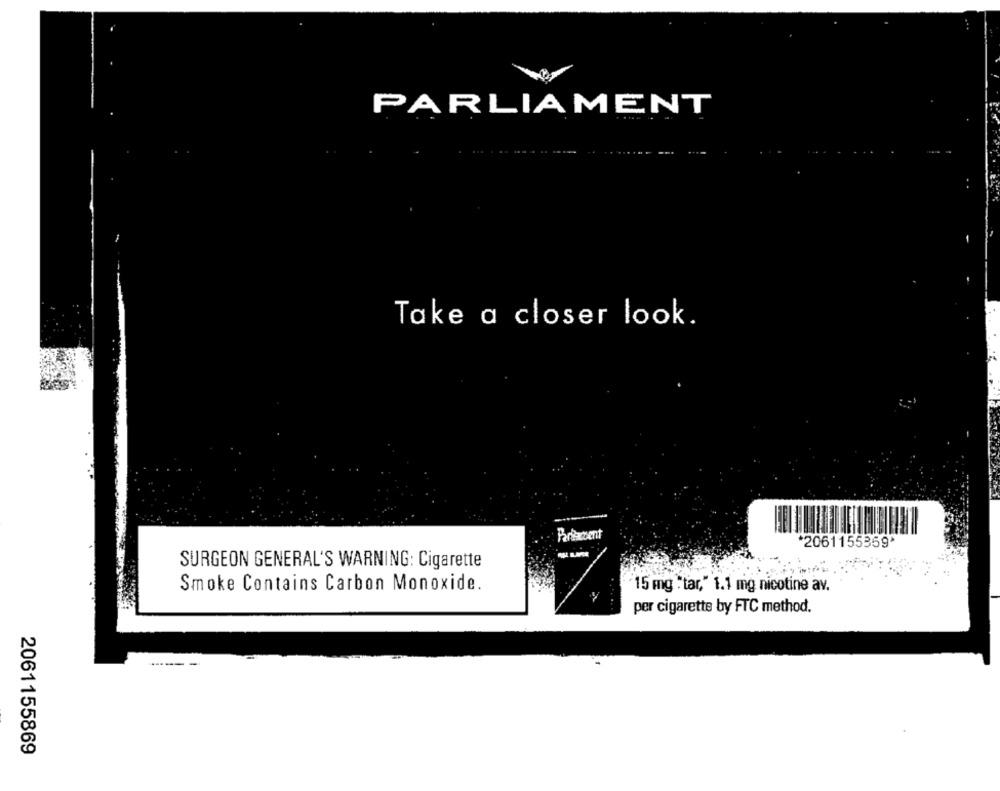
PARLIAMENT
...
Take a closer look.
Partaccent
*2061155359*
SURGEON GENERAL'S WARNING: Cigarette
Smoke Contains Carbon Monoxide.
15 mg "tar," 1.1 mg nicotine av.
per cigarette by FTC method.
2061155869